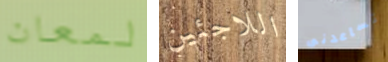
لمعان اللاجئين تساعدنى